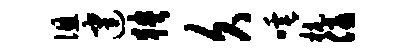
徂建狭久唾杭优